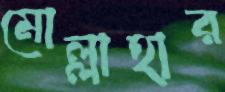
মোল্লাহার